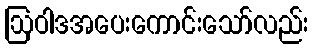
ဩဝါဒအပေးကောင်းသော်လည်း